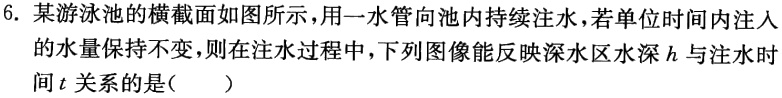
6. 某游泳池的横截面如图所示，用一水管向池内持续注水，若单位时间内注入的水量保持不变，则在注水过程中，下列图像能反映深水区水深\(h\)与注水时间\(t\)关系的是(  )